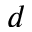
d